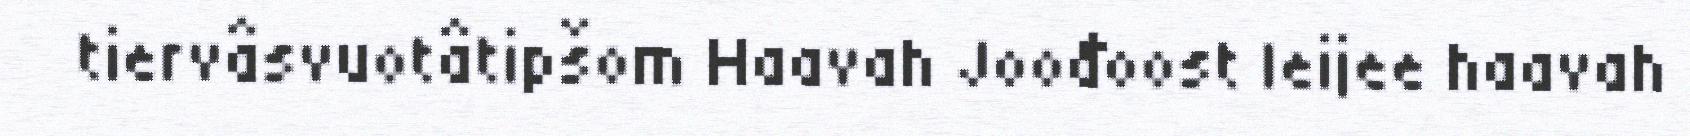
tiervâsvuotâtipšom Haavah Joođoost leijee haavah